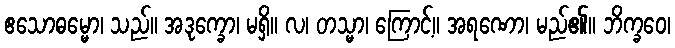
ဧသောဓမ္မော၊ သည်။ အဒုက္ခော၊ မရှိ။ လ၊ တသ္မာ၊ ကြောင့်။ အရဏော၊ မည်၏။ ဘိက္ခဝေ၊